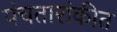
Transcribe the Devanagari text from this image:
पंचतारांकीत